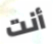
أنت